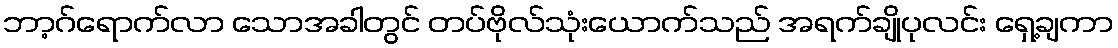
ဘာ့ဂ်ရောက်လာ သောအခါတွင် တပ်ဗိုလ်သုံးယောက်သည် အရက်ချိုပုလင်း ရှေ့ချကာ